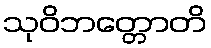
သုဝိဘတ္တောတိ